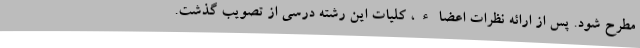
مطرح شود. پس از ارائه نظرات اعضاء، کلیات این رشته درسی از تصویب گذشت.